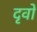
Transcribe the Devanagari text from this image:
दृवो